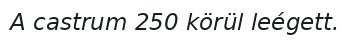
A castrum 250 körül leégett.